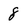
Character: 8